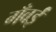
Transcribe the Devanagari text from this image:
गँवईं